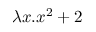
\lambda x . x ^ { 2 } + 2